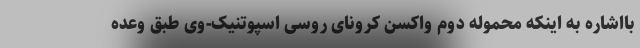
بااشاره به اینکه محموله دوم واکسن کرونای روسی اسپوتنیک-وی طبق وعده